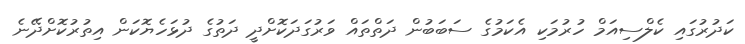
ކަދުރުގައި ކެލްސިއަމް ހުރުމަކި އެކަމުގެ ސަބަބުން ދަތްތައް ވަރުގަދަކޮށްދީ ދަތުގެ ދުޅަހެޔޮކަން އިތުރުކޮށްދޭނެ